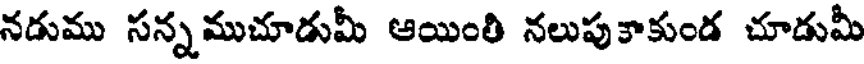
నడుము సన్నముచూడుమీ ఆయింతి నలుపుకాకుండ చూడుమీ